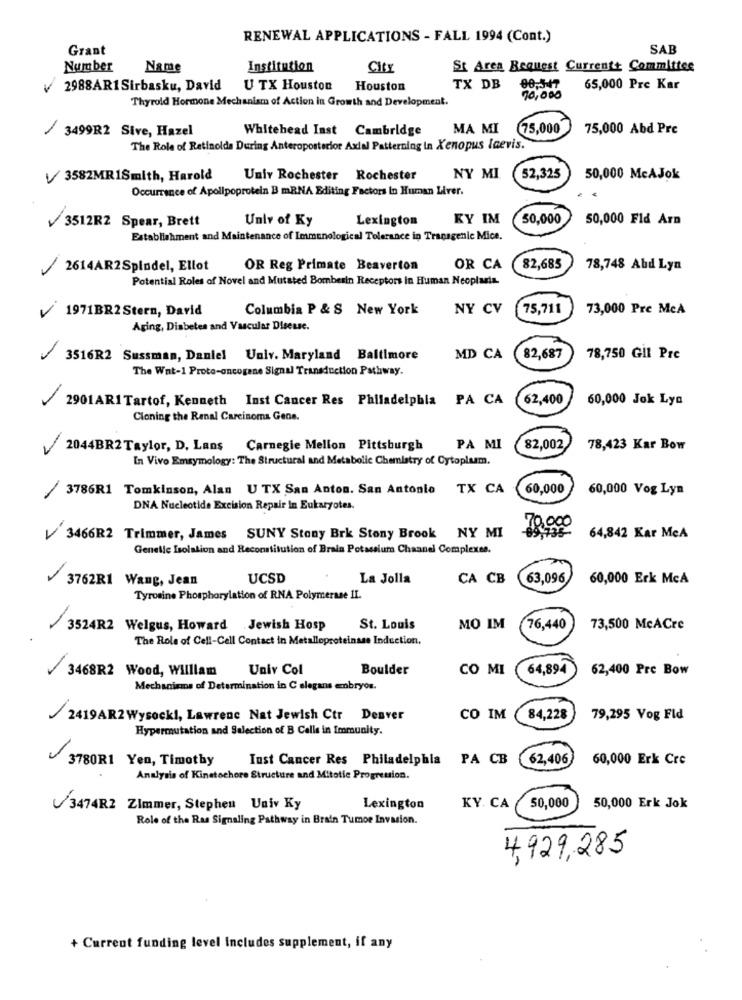
RENEWAL APPLICATIONS - FALL 1994 (Cont.)
Grant
SAB
Number
Name
Institution
City
St Area Request Currentt Committee
2988AR1 Sirbasku, David
U TX Houston
Houston
TX DB
80,347
65,000 Pre Kar
Thyroid Hormone Mechanism of Action in Growth and Development.
70,000
/3499R2 Sive, Hazel
Whitehead Inst Cambridge
MA MI
75,000
75,000 Abd Pre
The Role of Retinolda During Anteroposterior Axial Patterning in Xenopus Icevis.
3582MR1Smith, Harold
Univ Rochester Rochester
NY MI
52,325
50,000 McAJok
Occurrence of Apolipoprotein B mRNA Editing Factors In Human Liver.
3512R2 Spear, Brett
Unlv of Ky
Lexington
KY IM
30,000
50,000 Fld Arn
Establishment and Maintenance of Immunological Tolerance in Transgenic Mice.
-
2614AR2Spindel, Ellot
OR Reg Primate Beaverton
OR CA
82,685
78,748 Abd Lyn
Potential Roles of Novel and Mutated Bomberin Receptors in Human Neoplasia.
--
1971BR2 Stern, David
Columbia P & S New York
NY CV
75,711
73,000 Pre McA
Aging, Diabetes and Vascular Disease.
3516R2 Sussman, Daniel Univ. Maryland Baltimore
MD CA
82,687
78,750 Gll Pre
The Wat-1 Proto-oncogene Signal Transduction Pathway.
2901ARITartof, Kenneth Inst Cancer Res Philadelphia PA CA
62,400
60,000 Jok Lya
Cloning the Renal Carcinoma Gens.
2044BR2 Taylor, D. Lans Carnegie Mellon Pittsburgh
-
PA MI
82,002
78,423 Kar Bow
In Vivo Emrymology: The Structural and Metabolic Chemistry of Cytoplasm.
3786R1 Tomkinson, Alan U TX San Anton. San Antonio TX CA 60,000
60,000 Vog Lyn
DNA Nucleotide Excision Repair In Eukaryotes.
10.000
3466R2 Trimmer, James SUNY Stony Brk Stony Brook NY MI
64,842 Kar MeA
Genelle Isolation and Reconstitution of Brain Potassium Chaanel Complexes.
3762R1 Wang, Jean
UCSD
La Jolla
CA CB 63,096
60,000 Erk McA
Tyrosine Phosphorylation of RNA Polymerase IL.
3524R2 Welgus, Howard Jewish Hosp
St. Louis
MO IM
76,440
73,500 McACre
The Role of Cell-Cell Contact in Metalloproteinase Induction.
3468R2 Wood, William
Univ Col
Boulder
CO MI
64,894
62,400 Pre Bow
Mechanisms of Determination in C elegans embryos.
2419AR2 Wysocki, Lawrenc Nat Jewish Ctr Deaver
CO IM
84,228
79,295 Vog Fld
Hypermutation and Selection of B Calle in Immunity.
3780R1 Yen, Timothy
Inst Cancer Res Philadelphia PA CB 62,406
60,000 Erk Cre
Analysis of Kinetochore Structure and Mitotic Progression.
3474R2 Zimmer, Stephen Univ Ky
Lexington
KY. CA
50,000
50,000 Erk Jok
Role of the Ras Signaling Pathway in Brain Tumor Invasion.
4,929,285
+ Current funding level Includes supplement, if any